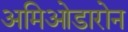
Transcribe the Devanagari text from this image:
अमिओडारोन